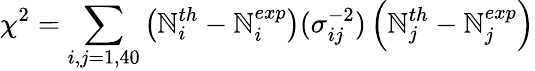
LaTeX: \chi^{2}=\sum_{i,j=1,40}\left(\mathbb{N}_{i}^{th}-\mathbb{N}_{i}^{exp}\right)(\sigma_{ij}^{-2})\left(\mathbb{N}_{j}^{th}-\mathbb{N}_{j}^{exp}\right)